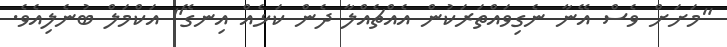
"މަށަށް ވެސް އޭނާ ނެގިވައްތަރަކުން އެއްޗެއްލާ ދެން ކަޅެއް އިނގޭ" އަކްމަލް ބުނެލިއެވެ.